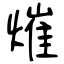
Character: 熣